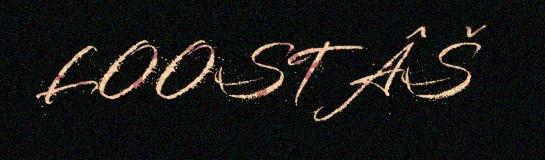
LOOSTÂŠ